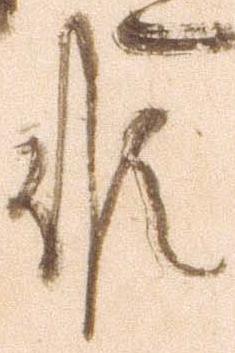
候